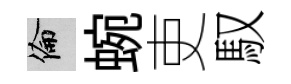
倫蜿吏馭